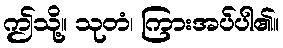
ဤသို့။ သုတံ၊ ကြားအပ်ပါ၏။